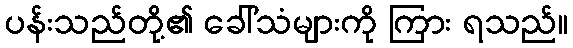
ပန်းသည်တို့၏ ခေါ်သံများကို ကြား ရသည်။